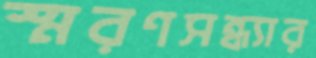
স্মরণসন্ধ্যার